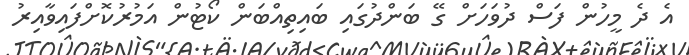
އެ ދެ މީހުން ފަސް ދުވަހަށް ގޭ ބަންދުގައި ބައިތިއްބަން ކޯޓުން އަމުރުކޮށްފައިވާއިރު